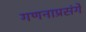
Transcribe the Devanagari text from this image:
गणनाप्रसंगे